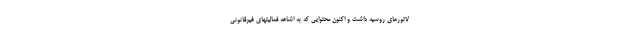
لاتورهای روسیه داشت و اکنون محتوایی که به اشاعه فعالیتهای غیرقانونی